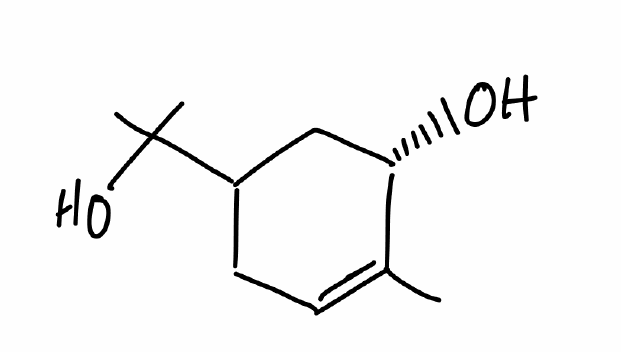
Simplified molecular-input line-entry system (SMILES) notation of the given molecule:
CC1=CCC(C[C@@H]1O)C(C)(C)O